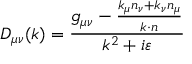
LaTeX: D _ { \mu \nu } ( k ) = \frac { g _ { \mu \nu } - \frac { k _ { \mu } n _ { \nu } + k _ { \nu } n _ { \mu } } { k \cdot n } } { k ^ { 2 } + i \varepsilon }